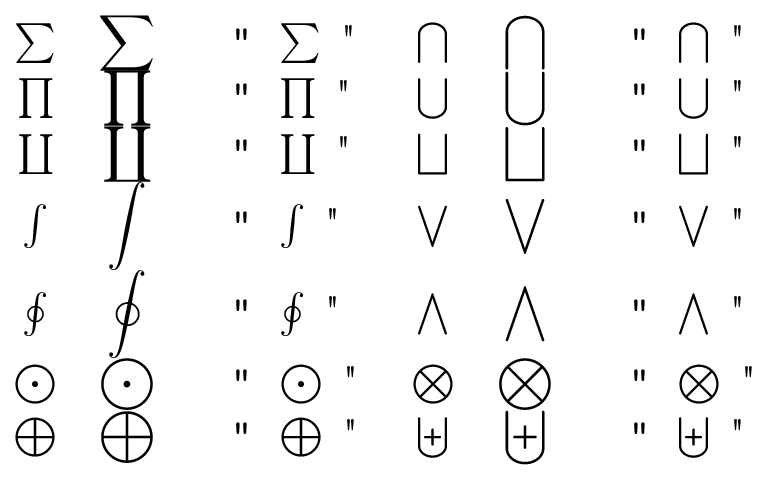
\begin{array} { c c l c c l } { \sum } & { \displaystyle \sum } & { \mathrm { ~ \verb ~ " ~ \sum ~ " ~ } } & { \bigcap } & { \displaystyle \bigcap } & { \mathrm { ~ \verb ~ " ~ \bigcap ~ " ~ } } \\ { \prod } & { \displaystyle \prod } & { \mathrm { ~ \verb ~ " ~ \prod ~ " ~ } } & { \bigcup } & { \displaystyle \bigcup } & { \mathrm { ~ \verb ~ " ~ \bigcup ~ " ~ } } \\ { \coprod } & { \displaystyle \coprod } & { \mathrm { ~ \verb ~ " ~ \coprod ~ " ~ } } & { \bigsqcup } & { \displaystyle \bigsqcup } & { \mathrm { ~ \verb ~ " ~ \bigsqcup ~ " ~ } } \\ { \int } & { \displaystyle \int } & { \mathrm { ~ \verb ~ " ~ \int ~ " ~ } } & { \bigvee } & { \displaystyle \bigvee } & { \mathrm { ~ \verb ~ " ~ \bigvee ~ " ~ } } \\ { \oint } & { \displaystyle \oint } & { \mathrm { ~ \verb ~ " ~ \oint ~ " ~ } } & { \bigwedge } & { \displaystyle \bigwedge } & { \mathrm { ~ \verb ~ " ~ \bigwedge ~ " ~ } } \\ { \bigodot } & { \displaystyle \bigodot } & { \mathrm { ~ \verb ~ " ~ \bigodot ~ " ~ } } & { \bigotimes } & { \displaystyle \bigotimes } & { \mathrm { ~ \verb ~ " ~ \bigotimes ~ " ~ } } \\ { \bigoplus } & { \displaystyle \bigoplus } & { \mathrm { ~ \verb ~ " ~ \bigoplus ~ " ~ } } & { \biguplus } & { \displaystyle \biguplus } & { \mathrm { ~ \verb ~ " ~ \biguplus ~ " ~ } } \end{array}